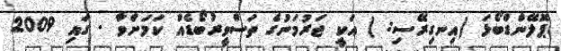
ޕޮލޭންޑްބޯޅަ (އިނގިރޭސި: ) އަކީ ޖަރުމަނުގެ ތަސްވީރުބޯޑެއް ކަމަށްވާ . ގައި 2009